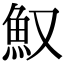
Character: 𩵎